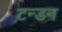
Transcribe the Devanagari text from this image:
टन्डन